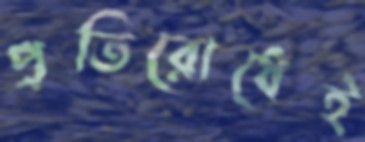
প্রতিরোধেই